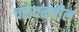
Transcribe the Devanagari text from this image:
चळवळतील